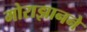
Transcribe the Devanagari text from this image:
मोराझानने